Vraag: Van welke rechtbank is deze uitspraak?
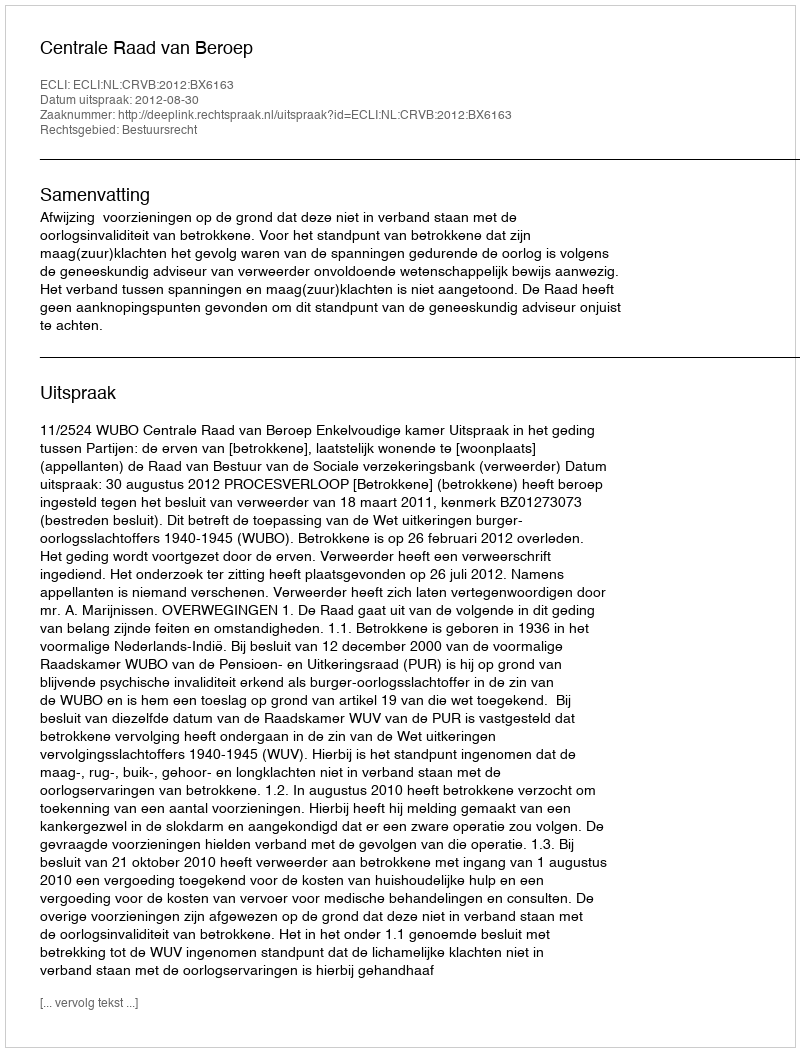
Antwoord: Centrale Raad van Beroep